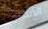
الأسلوب